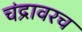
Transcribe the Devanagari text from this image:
चंद्रावरच